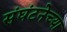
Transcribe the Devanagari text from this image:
संघंटनेच्या